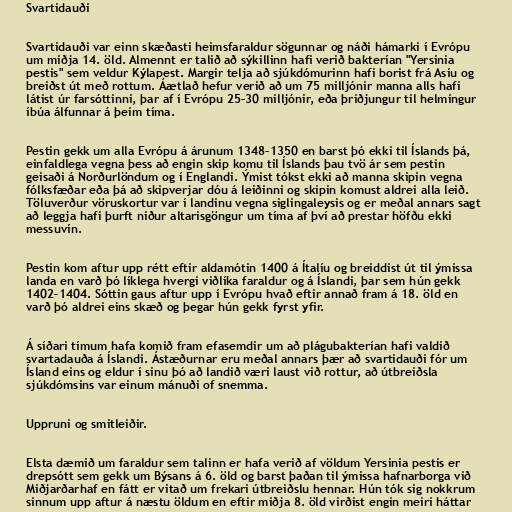
Svartidauði

Svartidauði var einn skæðasti heimsfaraldur sögunnar og náði hámarki í Evrópu
um miðja 14. öld. Almennt er talið að sýkillinn hafi verið bakterían "Yersinia
pestis" sem veldur Kýlapest. Margir telja að sjúkdómurinn hafi borist frá Asíu og
breiðst út með rottum. Áætlað hefur verið að um 75 milljónir manna alls hafi
látist úr farsóttinni, þar af í Evrópu 25–30 milljónir, eða þriðjungur til helmingur
íbúa álfunnar á þeim tíma.

Pestin gekk um alla Evrópu á árunum 1348–1350 en barst þó ekki til Íslands þá,
einfaldlega vegna þess að engin skip komu til Íslands þau tvö ár sem pestin
geisaði á Norðurlöndum og í Englandi. Ýmist tókst ekki að manna skipin vegna
fólksfæðar eða þá að skipverjar dóu á leiðinni og skipin komust aldrei alla leið.
Töluverður vöruskortur var í landinu vegna siglingaleysis og er meðal annars sagt
að leggja hafi þurft niður altarisgöngur um tíma af því að prestar höfðu ekki
messuvín.

Pestin kom aftur upp rétt eftir aldamótin 1400 á Ítalíu og breiddist út til ýmissa
landa en varð þó líklega hvergi viðlíka faraldur og á Íslandi, þar sem hún gekk
1402–1404. Sóttin gaus aftur upp í Evrópu hvað eftir annað fram á 18. öld en
varð þó aldrei eins skæð og þegar hún gekk fyrst yfir.

Á síðari tímum hafa komið fram efasemdir um að plágubakterían hafi valdið
svartadauða á Íslandi. Ástæðurnar eru meðal annars þær að svartidauði fór um
Ísland eins og eldur í sinu þó að landið væri laust við rottur, að útbreiðsla
sjúkdómsins var einum mánuði of snemma.

Uppruni og smitleiðir.

Elsta dæmið um faraldur sem talinn er hafa verið af völdum Yersinia pestis er
drepsótt sem gekk um Býsans á 6. öld og barst þaðan til ýmissa hafnarborga við
Miðjarðarhaf en fátt er vitað um frekari útbreiðslu hennar. Hún tók sig nokkrum
sinnum upp aftur á næstu öldum en eftir miðja 8. öld virðist engin meiri háttar